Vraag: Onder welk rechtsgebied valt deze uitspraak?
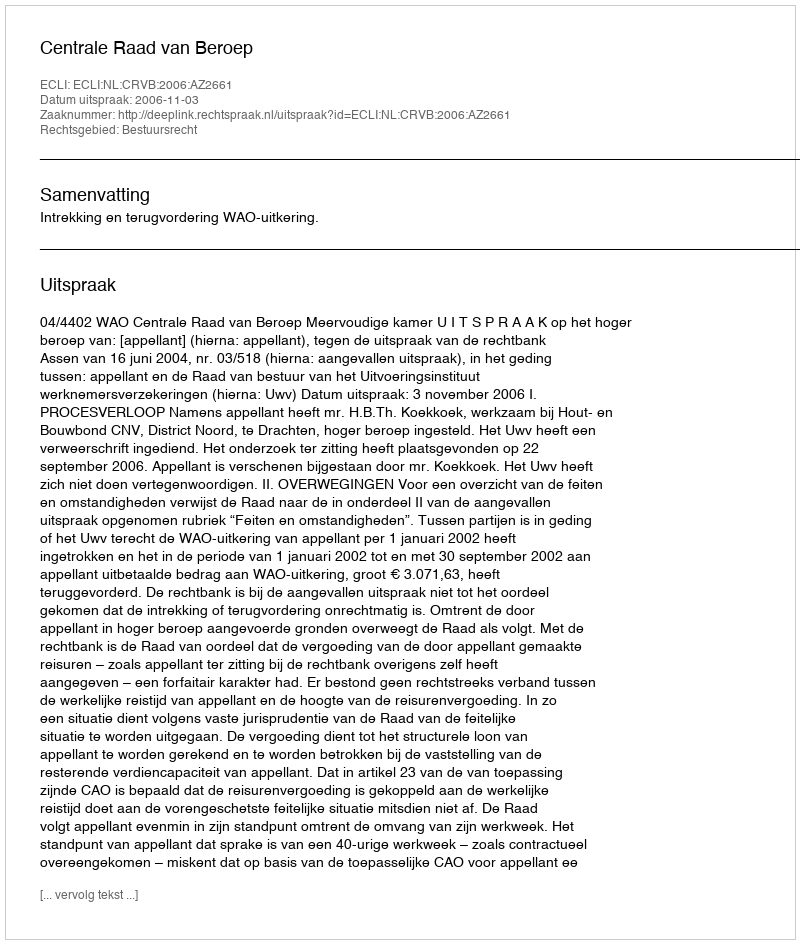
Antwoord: Bestuursrecht